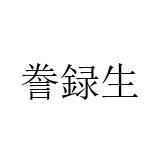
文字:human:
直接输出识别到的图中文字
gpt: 誊録生